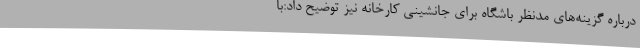
درباره گزینه‌های مدنظر باشگاه برای جانشینی کارخانه نیز توضیح داد:با